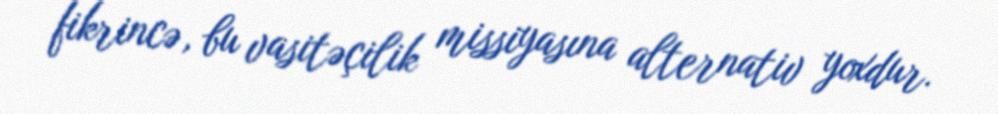
fikrincə, bu vasitəçilik missiyasına alternativ yoxdur.